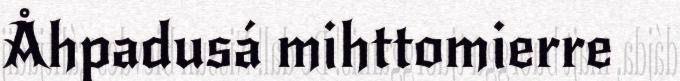
Åhpadusá mihttomierre